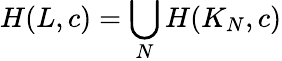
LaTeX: H(L,c)=\bigcup_{N}H(K_{N},c)